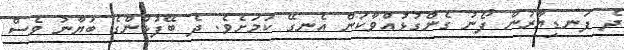
ދެ ފަނޑިޔާރުން ފޯނު ގެންގުޅުއްވާކަން އެނގޭ ކަމަށެވެ. ދެ ބޭފުޅުންގެ ބަޔާނު ވެސް